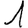
Digit: 1